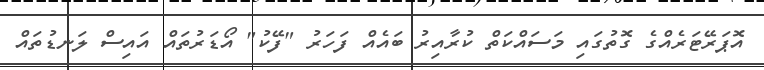
އޮޕަރޭޓަރެއްގެ ގޮތުގައި މަސައްކަތް ކުރާއިރު ބައެއް ފަހަރު "ފޭކު" އޯޑަރުތައް އައިސް ލަނޑުތައް